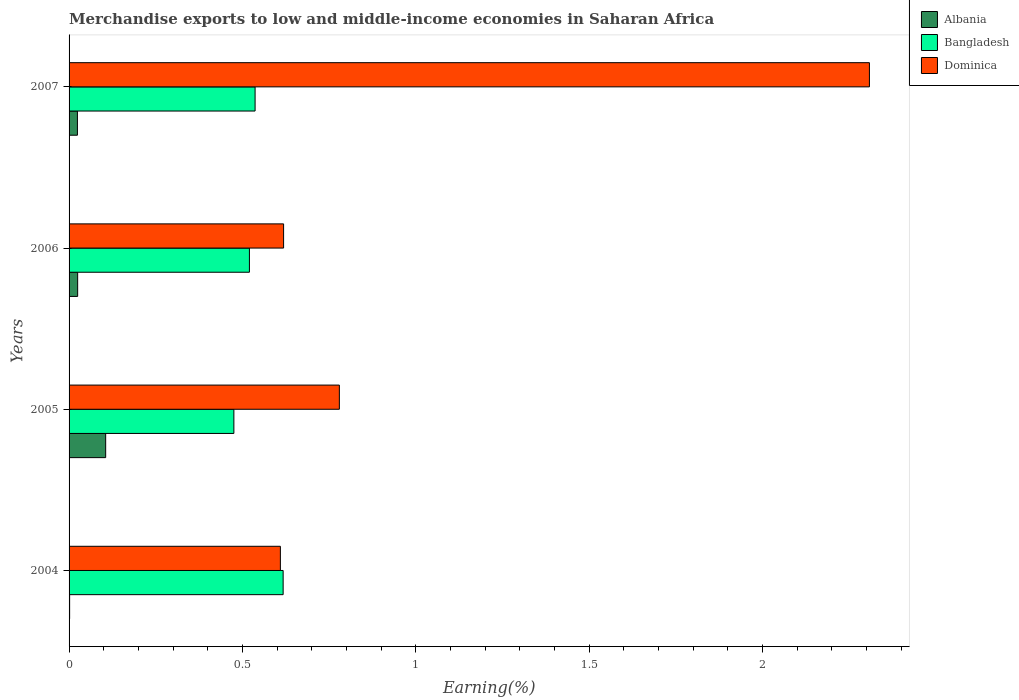
| Years | Albania | Bangladesh | Dominica |
 | --- | --- | --- | --- |
 | 2004 | 0.00162 | 0.617 | 0.61 |
 | 2005 | 0.106 | 0.475 | 0.78 |
 | 2006 | 0.0248 | 0.52 | 0.619 |
 | 2007 | 0.0241 | 0.537 | 2.31 |